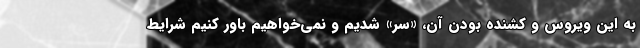
به این ویروس و کشنده بودن آن، «سِر» شدیم و نمی‌خواهیم باور کنیم شرایط